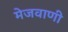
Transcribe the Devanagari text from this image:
मेजवाणी